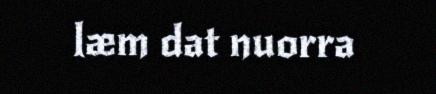
læm dat nuorra